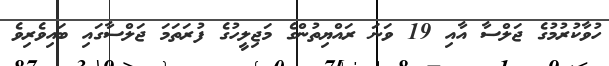
ހުވާކުރުމުގެ ޖަލްސާ އާއި 19 ވަނަ ރައްޔިތުންގެ މަޖިލީހުގެ ފުރަތަމަ ޖަލްސާގައި ބައިވެރިވެ